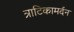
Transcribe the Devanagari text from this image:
त्राटिकामर्दन